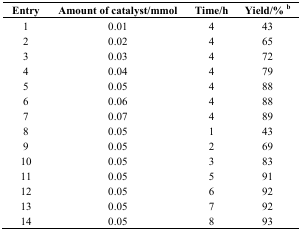
<table><thead><tr><td><b>Entry</b></td><td><b>Amount of catalyst/mmol</b></td><td><b>Time/h</b></td><td><b>Yield/% b</b></td></tr></thead><tbody><tr><td>1</td><td>0.01</td><td>4</td><td>43</td></tr><tr><td>2</td><td>0.02</td><td>4</td><td>65</td></tr><tr><td>3</td><td>0.03</td><td>4</td><td>72</td></tr><tr><td>4</td><td>0.04</td><td>4</td><td>79</td></tr><tr><td>5</td><td>0.05</td><td>4</td><td>88</td></tr><tr><td>6</td><td>0.06</td><td>4</td><td>88</td></tr><tr><td>7</td><td>0.07</td><td>4</td><td>89</td></tr><tr><td>8</td><td>0.05</td><td>1</td><td>43</td></tr><tr><td>9</td><td>0.05</td><td>2</td><td>69</td></tr><tr><td>10</td><td>0.05</td><td>3</td><td>83</td></tr><tr><td>11</td><td>0.05</td><td>5</td><td>91</td></tr><tr><td>12</td><td>0.05</td><td>6</td><td>92</td></tr><tr><td>13</td><td>0.05</td><td>7</td><td>92</td></tr><tr><td>14</td><td>0.05</td><td>8</td><td>93</td></tr></tbody></table>